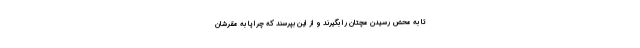
تا به محض رسیدن مچتان را بگیرند و از این بپرسند که چرا پا به مقرشان